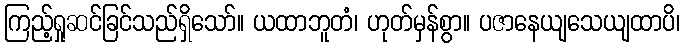
ကြည့်ရှုဆင်ခြင်သည်ရှိသော်။ ယထာဘူတံ၊ ဟုတ်မှန်စွာ။ ပဇာနေယျသေယျထာပိ၊